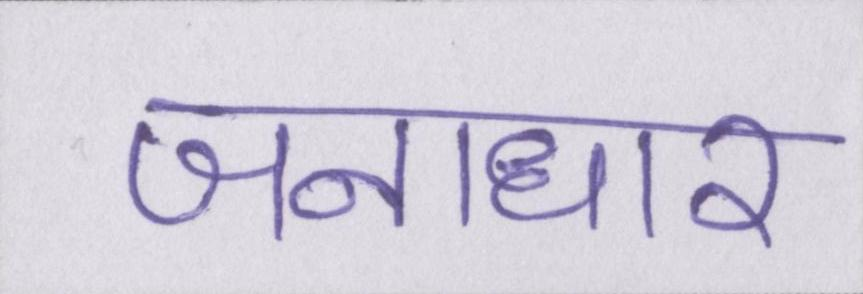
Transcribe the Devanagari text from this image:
जनाधार